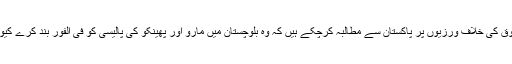
انہوں نے کہا کہ جنیوا میں امریکہ کی نمائندگی کرنے والے مندوب بلوچستان میں انسانی حقوق کی خلاف ورزیوں پر پاکستان سے مطالبہ کرچکے ہیں کہ وہ بلوچستان میں مارو اور پھینکو کی پالیسی کو فی الفور بند کرے کیونکہ اس سے بلوچ معاشرہ منتشر ہورہا ہے اور اعتدال پسندی کے مواقع سکڑتے جارہے ہیں۔